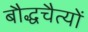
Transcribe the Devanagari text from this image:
बौद्धचैत्यों